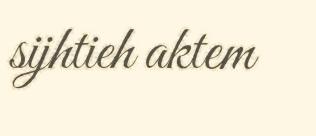
sijhtieh aktem